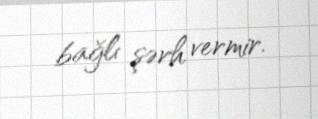
bağlı şərh vermir.